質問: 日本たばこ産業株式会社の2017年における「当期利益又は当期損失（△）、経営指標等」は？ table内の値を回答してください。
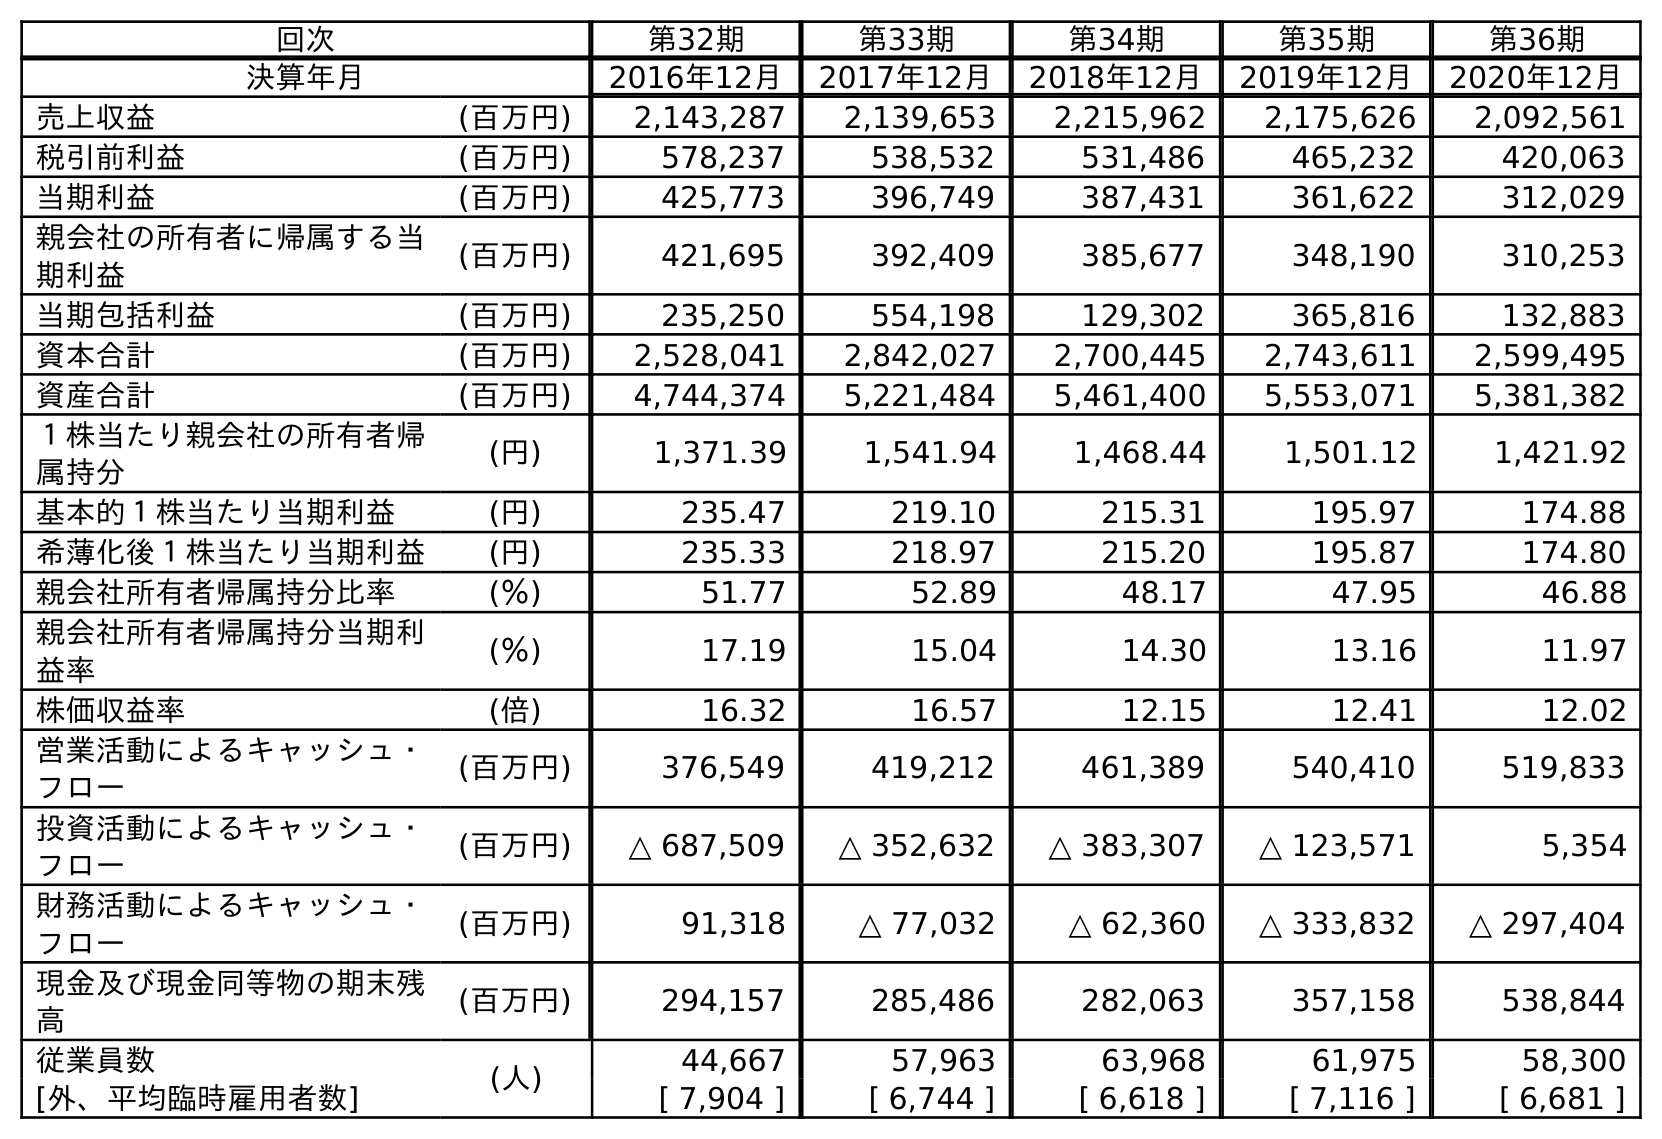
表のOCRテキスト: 回次 第32期 第33期 第34期 第35期 第36期 決算年月 2016年12月 2017年12月 2018年12月 2019年12月 2020年12月 売上収益 (百万円) 2,143,287 2,139,653 2,215,962 2,175,626 2,092,561 税引前利益 (百万円) 578,237 538,532 531,486 465,232 420,063 当期利益 (百万円) 425,773 396,749 387,431 361,622 312,029 親会社の所有者に帰属する当 期利益 (百万円) 421,695 392,409 385,677 348,190 310,253 当期包括利益 (百万円) 235,250 554,198 129,302 365,816 132,883 資本合計 (百万円) 2,528,041 2,842,027 2,700,445 2,743,611 2,599,495 資産合計 (百万円) 4,744,374 5,221,484 5,461,400 5,553,071 5,381,382 １株当たり親会社の所有者帰 属持分 (円) 1,371.39 1,541.94 1,468.44 1,501.12 1,421.92 基本的１株当たり当期利益 (円) 235.47 219.10 215.31 195.97 174.88 希薄化後１株当たり当期利益 (円) 235.33 218.97 215.20 195.87 174.80 親会社所有者帰属持分比率 (％) 51.77 52.89 48.17 47.95 46.88 親会社所有者帰属持分当期利 益率 (％) 17.19 15.04 14.30 13.16 11.97 株価収益率 (倍) 16.32 16.57 12.15 12.41 12.02 営業活動によるキャッシュ・ フロー (百万円) 376,549 419,212 461,389 540,410 519,833 投資活動によるキャッシュ・ フロー (百万円) △ 687,509 △ 352,632 △ 383,307 △ 123,571 5,354 財務活動によるキャッシュ・ フロー (百万円) 91,318 △ 77,032 △ 62,360 △ 333,832 △ 297,404 現金及び現金同等物の期末残 高 (百万円) 294,157 285,486 282,063 357,158 538,844 従業員数 (人) 44,667 57,963 63,968 61,975 58,300 [外、平均臨時雇用者数] [ 7,904 ] [ 6,744 ] [ 6,618 ] [ 7,116 ] [ 6,681 ]
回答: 396,749